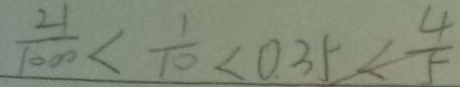
\frac { 2 1 } { 1 0 0 0 } < \frac { 1 } { 1 0 } < 0 . 3 5 < \frac { 4 } { 5 }